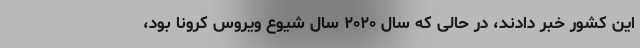
این کشور خبر دادند، در حالی که سال ۲۰۲۰ سال شیوع ویروس کرونا بود،